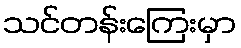
သင်တန်းကြေးမှာ